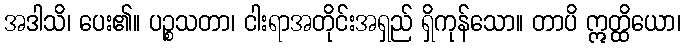
အဒါသိ၊ ပေး၏။ ပဉ္စသတာ၊ ငါးရာအတိုင်းအရှည် ရှိကုန်သော။ တာပိ ဣတ္ထိယော၊